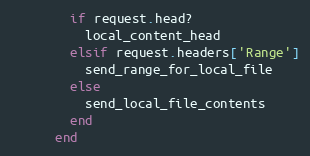
Language: Ruby
        if request.head?
          local_content_head
        elsif request.headers['Range']
          send_range_for_local_file
        else
          send_local_file_contents
        end
      end